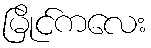
မြိုင်ကလေး